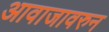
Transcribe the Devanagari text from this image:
आवाजावरुन